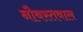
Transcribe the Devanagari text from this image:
नौबस्तवाल